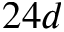
2 4 d